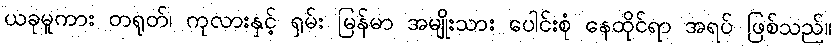
ယခုမူကား တရုတ်၊ ကုလားနှင့် ရှမ်း မြန်မာ အမျိုးသား ပေါင်းစုံ နေထိုင်ရာ အရပ် ဖြစ်သည်။